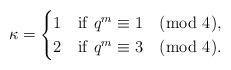
LaTeX: \begin{align*} \kappa=\begin{cases}1 &{\rm if}~q^m\equiv 1 \pmod 4,\\2 &{\rm if}~q^m\equiv 3 \pmod 4.\end{cases} \end{align*}